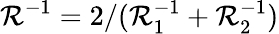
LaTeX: \mathcal{R}^{-1}=2/(\mathcal{R}_{1}^{-1}+\mathcal{R}_{2}^{-1})